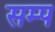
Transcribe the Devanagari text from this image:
सम्प